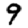
Digit: 9